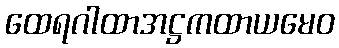
ထေရဂါထာအဋ္ဌကထာယမေဝ